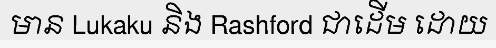
មាន Lukaku និង Rashford ជាដើម ដោយ